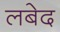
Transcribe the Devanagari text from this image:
लबेद